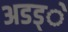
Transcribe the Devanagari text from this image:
अडड्े